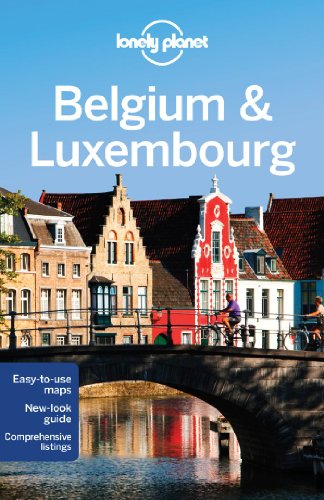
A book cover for Lonely Planet Belgium & Luxembourg (Travel Guide); Lonely Planet; Travel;